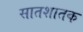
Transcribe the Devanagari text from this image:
सातशातक